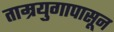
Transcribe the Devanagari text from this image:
ताम्रयुगापासून